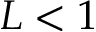
L < 1